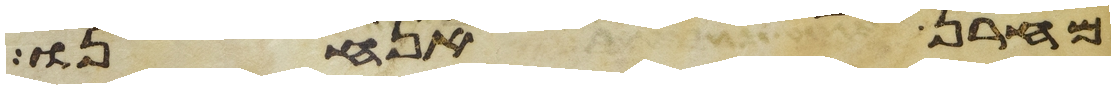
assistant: מחרן אנחנו